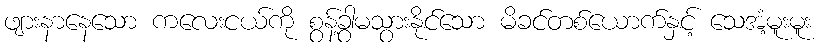
ဖျားနာနေသော ကလေးငယ်ကို စွန့်ခွာမသွားနိုင်သော မိခင်တစ်ယောက်နှင့် သေအံ့မူးမူး